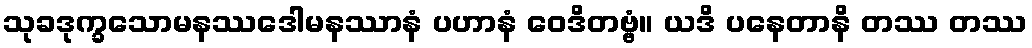
သုခဒုက္ခသောမနဿဒေါမနဿာနံ ပဟာနံ ဝေဒိတဗ္ဗံ။ ယဒိ ပနေတာနိ တဿ တဿ